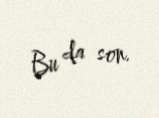
Bu da son.